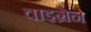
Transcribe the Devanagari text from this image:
वाइग्रेन